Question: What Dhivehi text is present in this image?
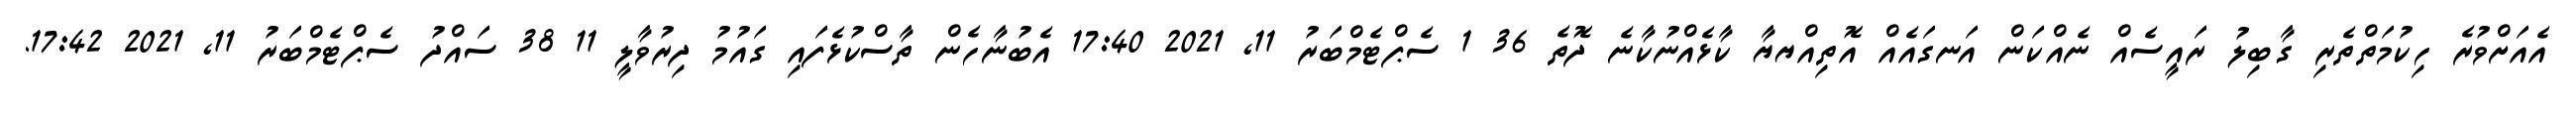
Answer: އެއަށްވުރެ ހިކުމަތްތެރި ގާބިލު ރައީސެއް ނެއްކަން އަނގައެއް އޮތިއްޔޔާ ކާޅެއްނުކާނެ ދޮތެ 36 1 ސެޕްޓެމްބަރު 11, 2021 17:40 އެބުނާހެން ތާސްކުޅެފައި ގައުމު ދިރުވާލީ 11 38 ސައްދު ސެޕްޓެމްބަރު 11, 2021 17:42.